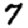
Digit: 7